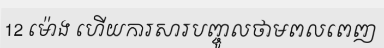
12 ម៉ោង ហើយការសារបញ្ចូលថាមពលពេញ